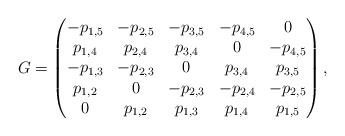
LaTeX: \begin{align*} G=\begin{pmatrix}{-{p}_{1,5}}& {-{p}_{2,5}}& {-{p}_{3,5}}& {-{p}_{4,5}}& 0\\ {p}_{1,4}& {p}_{2,4}& {p}_{3,4}& 0& {-{p}_{4,5}}\\ {-{p}_{1,3}}& {-{p}_{2,3}}& 0& {p}_{3,4}& {p}_{3,5}\\ {p}_{1,2}& 0& {-{p}_{2,3}}& {-{p}_{2,4}}& {-{p}_{2,5}}\\ 0& {p}_{1,2}& {p}_{1,3}& {p}_{1,4}& {p}_{1,5}\\ \end{pmatrix}, \end{align*}